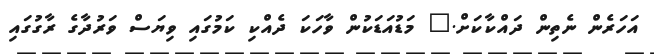
އަހަރެން ނެތިން ދައްކާކަށް." މަޑުއަޑަކުން ވާހަކަ ދެއްކި ކަމުގައި ވިޔަސް ވަރުދާގެ ރާގުގައި